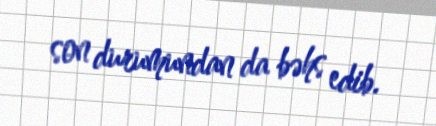
son durumundan da bəhs edib.